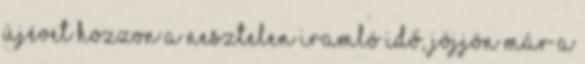
Újévet hozzon a nesztelen iramló idő, Jöjjön már a